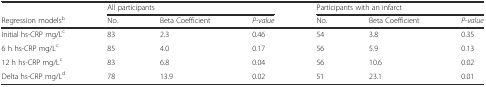
<table><thead><tr><td></td><td colspan="3"><b>All participants</b></td><td colspan="3"><b>Participants with an infarct</b></td></tr><tr><td><b>Regression models<sup>b</sup></b></td><td><b>No.</b></td><td><b>Beta Coefficient</b></td><td><b><i>P-value</i></b></td><td><b>No.</b></td><td><b>Beta Coefficient</b></td><td><b><i>P-value</i></b></td></tr></thead><tbody><tr><td>Initial hs-CRP mg/L<sup>c</sup></td><td>83</td><td>2.3</td><td>0.46</td><td>54</td><td>3.8</td><td>0.35</td></tr><tr><td>6 h hs-CRP mg/L<sup>c</sup></td><td>85</td><td>4.0</td><td>0.17</td><td>56</td><td>5.9</td><td>0.13</td></tr><tr><td>12 h hs-CRP mg/L<sup>c</sup></td><td>83</td><td>6.8</td><td>0.04</td><td>56</td><td>10.6</td><td>0.02</td></tr><tr><td>Delta hs-CRP mg/L<sup>d</sup></td><td>78</td><td>13.9</td><td>0.02</td><td>51</td><td>23.1</td><td>0.01</td></tr></tbody></table>